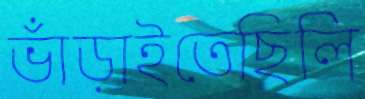
ভাঁড়াইতেছিলি